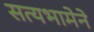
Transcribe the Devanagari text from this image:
सत्यभामेने